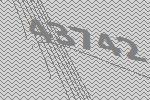
43742